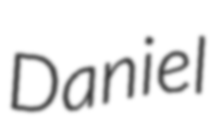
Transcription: Daniel